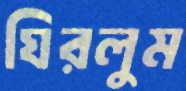
ঘিরলুম